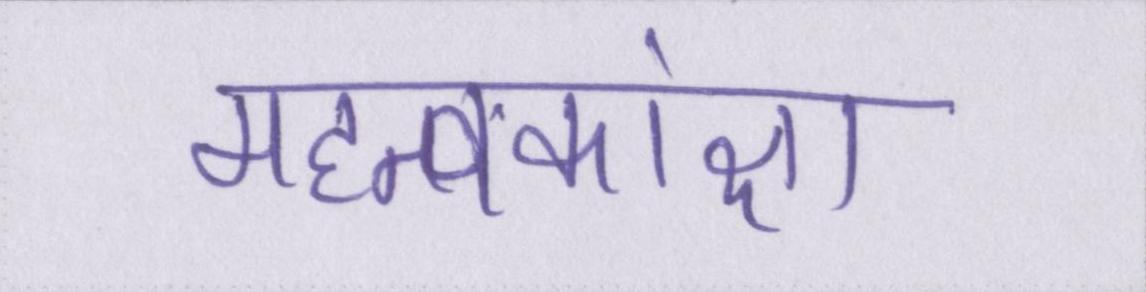
महत्वकांक्षा